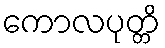
ကောလပုတ္တိ